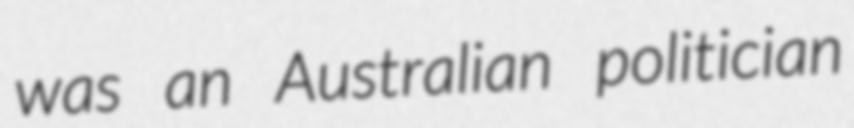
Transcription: was an Australian politician